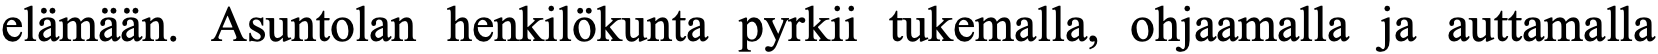
elämään. Asuntolan henkilökunta pyrkii tukemalla, ohjaamalla ja auttamalla